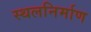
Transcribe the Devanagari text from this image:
स्थलनिर्माण